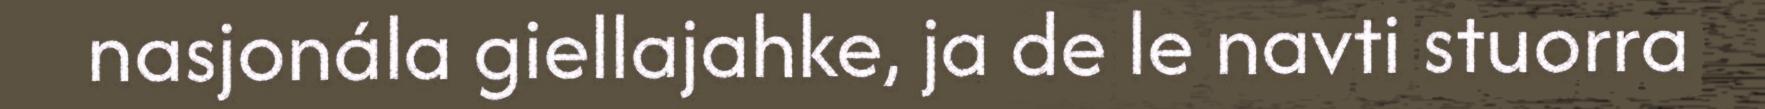
nasjonála giellajahke, ja de le navti stuorra